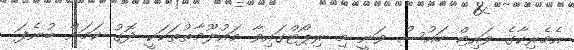
އެމެރިކާގެ ވައިޓް ހައުސް ވަނީ މި ރިޕޯޓްގައިވާ މައުލޫމާތުތަކަކީ ދޮގު ކަމަށް ބުނެފަ